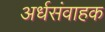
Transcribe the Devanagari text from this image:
अर्धसंवाहक